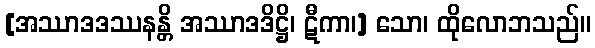
[အဿာဒဒဿနန္တိ အဿာဒဒိဋ္ဌိ၊ ဋီကာ၊] သော၊ ထိုလောဘသည်။